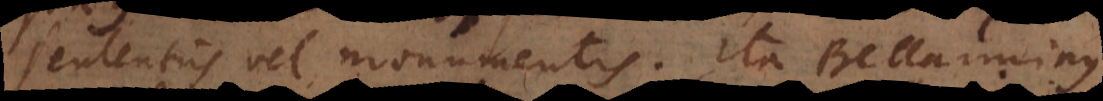
sententiis vel monumentis. Ita Bellarminus